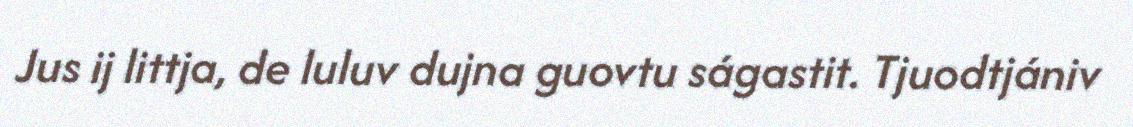
Jus ij littja, de luluv dujna guovtu ságastit. Tjuodtjániv